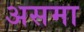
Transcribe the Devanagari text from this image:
असमा